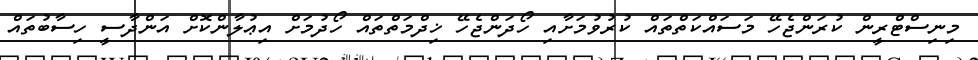
މިނިސްޓްރީން ކުރަންޖެހޭ މަސައްކަތްތައް ކުރުވުމަށާއި ހޯދަންޖެހޭ ޚިދްމަތްތައް ހޯދުމަށް އިޢުލާންކޮށް އަންދާސީ ހިސާބުތައް